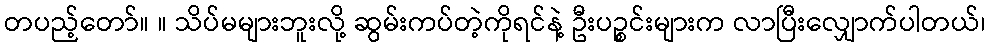
တပည့်တော်။ ။ သိပ်မများဘူးလို့ ဆွမ်းကပ်တဲ့ကိုရင်နဲ့ ဦးပဉ္စင်းများက လာပြီးလျှောက်ပါတယ်၊